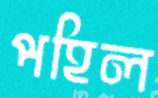
পহিল